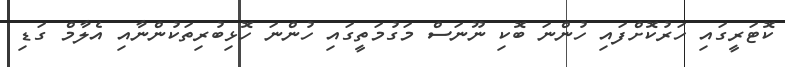
ކޮޓަރީގައި ހަރުކޮށްފައި ހުންނަ ބޮކި ނޫނަސް މަގުމަތީގައި ހުންނަ ހޮޅިބުރިތަކުންނާއި އެލާމް ގަޑި